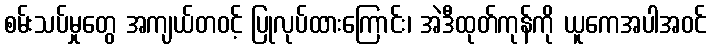
စမ်းသပ်မှုတွေ အကျယ်တဝင့် ပြုလုပ်ထားကြောင်း၊ အဲဒီထုတ်ကုန်ကို ယူကေအပါအဝင်